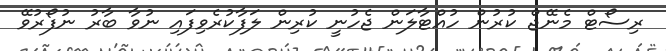
ރިސޯޓް މެނޭޖް ކުރުން ހުއްޓާލަން ޖެހުނީ ކުރިން ލަފާކުރެވިފައި ނުވާ ބާރު ނުފޯރުވޭ